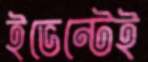
ইভেন্টেই